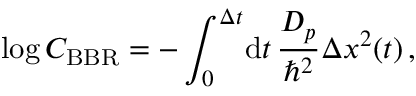
\log C _ { \mathrm { B B R } } = - \int _ { 0 } ^ { \Delta t } \! \mathrm { d } t \, \frac { D _ { p } } { \hbar ^ { 2 } } \Delta x ^ { 2 } ( t ) \, ,